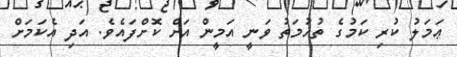
ޢަމަލު ކުރި ކަމުގެ ތުހުމަތު ވަނީ އަމީން އަށް ކޮށްފައެވެ. އަދި އެކަމަށް